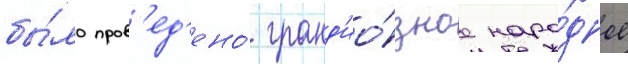
бы́ло пров'ед'ено́ гранд'ио́зное наро́дное